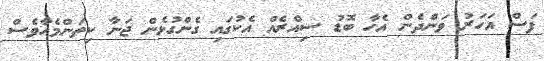
ފަސް އަހަރު ވަންދެން އެހާ ބޮޑު ސިއްރެއް އެކުގައި ގެންގުޅެން ޖަނާ ކިތަންމެހާވެސް